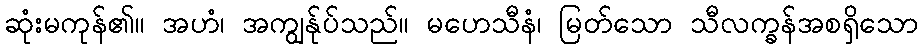
ဆုံးမကုန်၏။ အဟံ၊ အကျွန်ုပ်သည်။ မဟေသီနံ၊ မြတ်သော သီလက္ခန်အစရှိသော